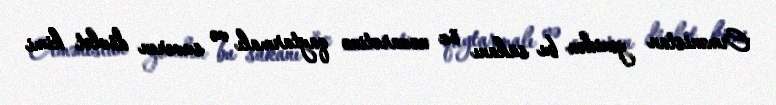
Ermənistan yenidən bu sükanı öz nəzarətinə qaytarmalı və suveren dövlət kimi